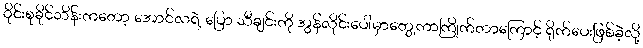
ဝိုင်းစုခိုင်သိန်းကတော့ အောင်လရဲ့ ပြော သီချင်းကို အွန်လိုင်းပေါ်မှာတွေ့ကာကြိုက်တာကြောင့် ရိုက်ပေးဖြစ်ခဲ့လို့